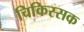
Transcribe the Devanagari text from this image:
चिकिस्सक